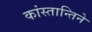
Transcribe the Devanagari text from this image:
कांस्तान्तिने